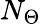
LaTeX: N_{\Theta}